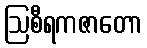
ဩစီရကဇာတော